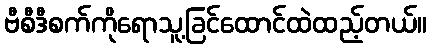
ဗီစီဒီစက်ကိုရောသူ့ခြင်ထောင်ထဲထည့်တယ်။